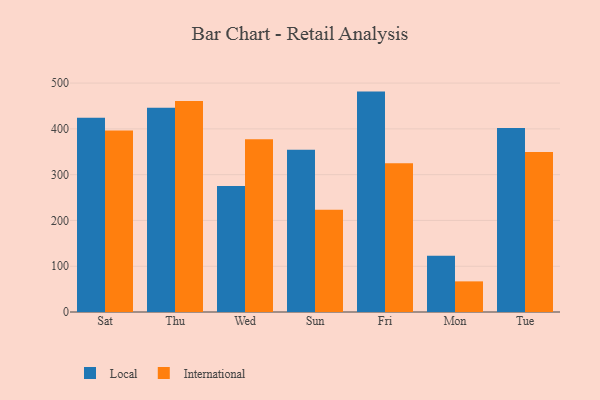
{"axis": {"x": "Day", "y": "Website Visitors"}, "legend": ["International", "Local"], "data": [{"x": "Sat", "y": 424.4, "type": "Local"}, {"x": "Sat", "y": 396.4, "type": "International"}, {"x": "Thu", "y": 445.9, "type": "Local"}, {"x": "Thu", "y": 460.9, "type": "International"}, {"x": "Wed", "y": 275.1, "type": "Local"}, {"x": "Wed", "y": 377.3, "type": "International"}, {"x": "Sun", "y": 354.6, "type": "Local"}, {"x": "Sun", "y": 223.3, "type": "International"}, {"x": "Fri", "y": 481.4, "type": "Local"}, {"x": "Fri", "y": 324.7, "type": "International"}, {"x": "Mon", "y": 123.1, "type": "Local"}, {"x": "Mon", "y": 66.9, "type": "International"}, {"x": "Tue", "y": 401.8, "type": "Local"}, {"x": "Tue", "y": 349.4, "type": "International"}]}